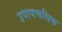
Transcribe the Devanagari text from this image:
उपापचयिक